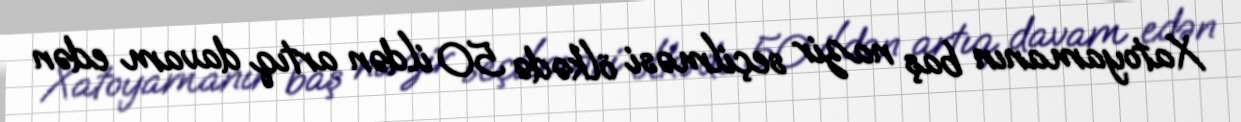
Xatoyamanın baş nazir seçilməsi ölkədə 50 ildən artıq davam edən